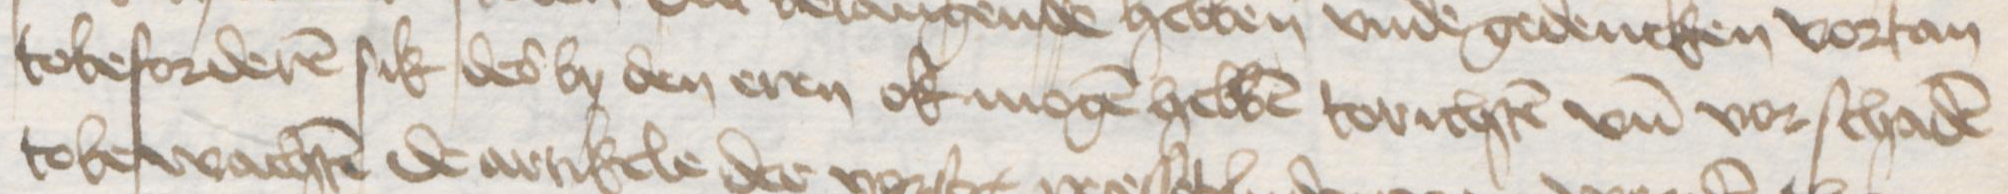
Transcription: tobeforderen sik des by den eren ok mogen hebben torichten vnd vorschaden